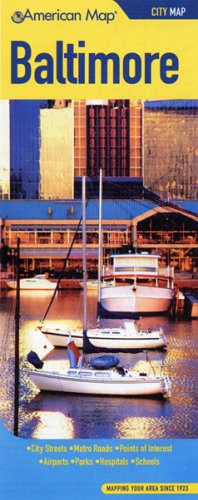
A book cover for American Map Baltimore City Map; Travel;